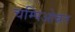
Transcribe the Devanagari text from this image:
चम्पिओन्नत